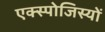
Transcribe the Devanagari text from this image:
एक्स्पोजिस्यों